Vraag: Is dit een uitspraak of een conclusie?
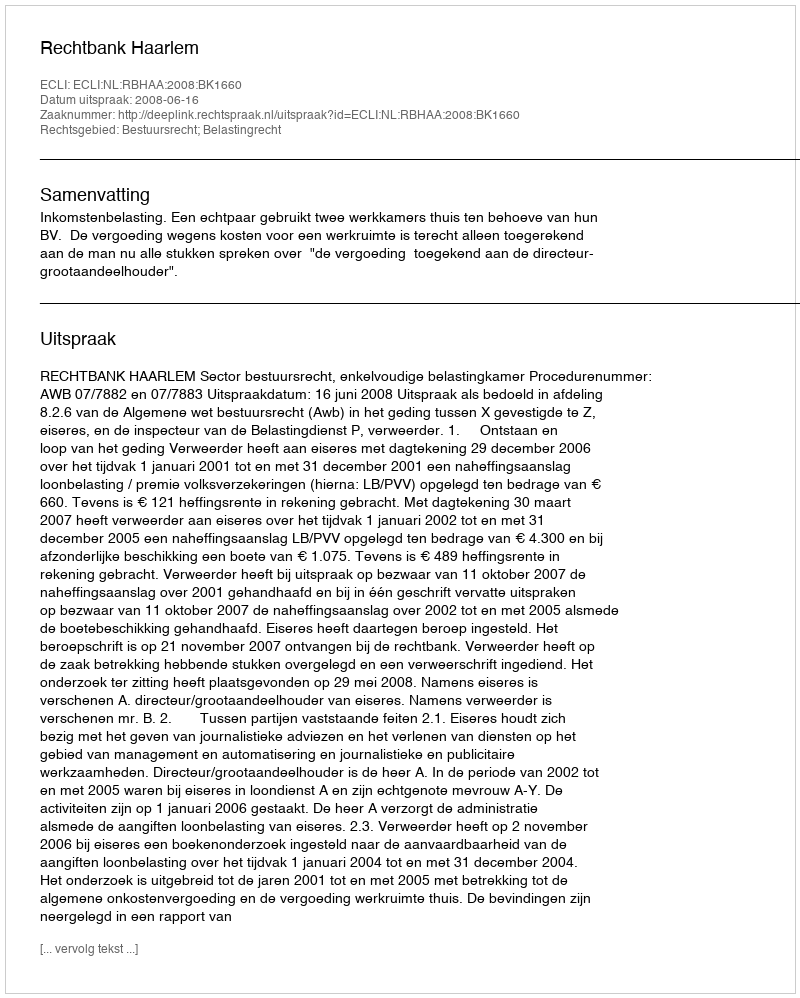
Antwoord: Uitspraak